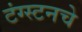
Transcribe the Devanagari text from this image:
टंग्स्टनचे